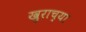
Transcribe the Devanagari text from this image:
खुराच्या